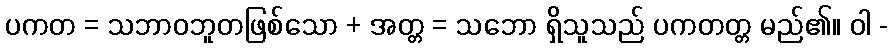
ပကတ = သဘာဝဘူတဖြစ်သော + အတ္တ = သဘော ရှိသူသည် ပကတတ္တ မည်၏။ ဝါ -